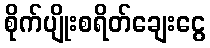
စိုက်ပျိုးစရိတ်ချေးငွေ